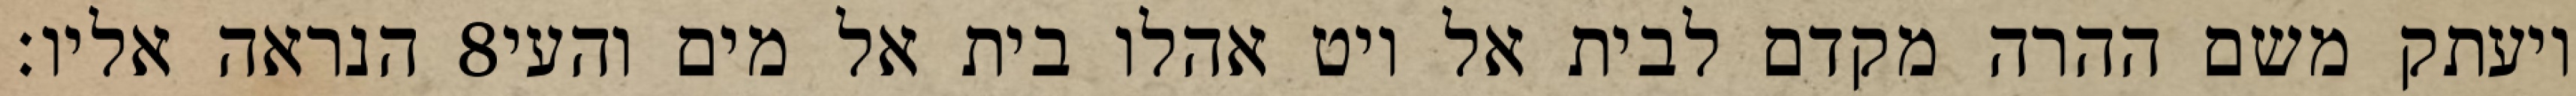
הנראה אליו׃ ‎8‏ ויעתק משם ההרה מקדם לבית אל ויט אהלו בית אל מים והעי